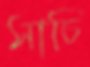
সাচি